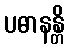
ပဓာနန္တိ